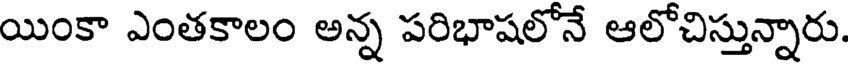
యింకా ఎంతకాలం అన్న పరిభాషలోనే ఆలోచిస్తున్నారు.